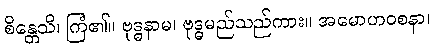
စိန္တေသိ၊ ကြံ၏။ ဗုဒ္ဓနာမ၊ ဗုဒ္ဓမည်သည်ကား။ အမောဟဝစနာ၊